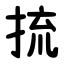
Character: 㧧